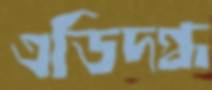
এডিদগ্ধ